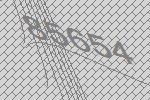
85654